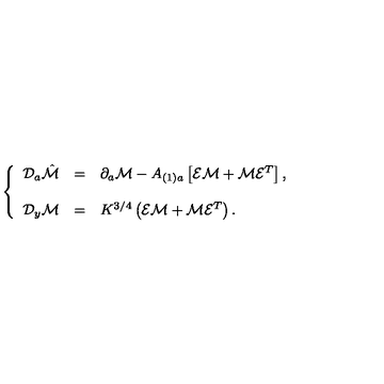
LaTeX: \left\{ \begin{array} { r c l } { { \cal D } _ { a } \hat { \cal M } } & { = } & { \partial _ { a } { \cal M } - A _ { ( 1 ) a } \left[ { \cal E } { \cal M } + { \cal M } { \cal E } ^ { T } \right] , } \\ { } & { } & { } \\ { { \cal D } _ { y } { \cal M } } & { = } & { K ^ { 3 / 4 } \left( { \cal E } { \cal M } + { \cal M } { \cal E } ^ { T } \right) . } \\ \end{array} \right.